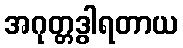
အဂုတ္တဒွါရတာယ